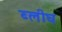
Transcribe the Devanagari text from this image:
ब्लीघ